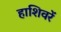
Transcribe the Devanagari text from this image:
हाशिवरें